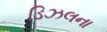
ડિઝલના